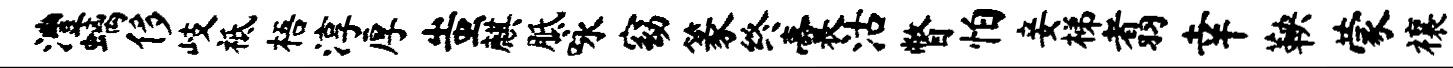
澧螭侈岐祗梧淳厚蚩麒胝咏窈篆终囊沽瞥怕妾梯翥幸鞅蒙禳